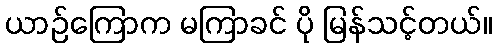
ယာဉ်ကြောက မကြာခင် ပို မြန်သင့်တယ်။